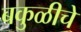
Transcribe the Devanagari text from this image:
बकुळीचे